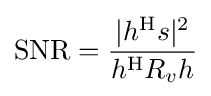
\mathrm {SNR} ={\frac {|h^{\mathrm {H} }s|^{2}}{h^{\mathrm {H} }R_{v}h}}